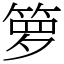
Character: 箩